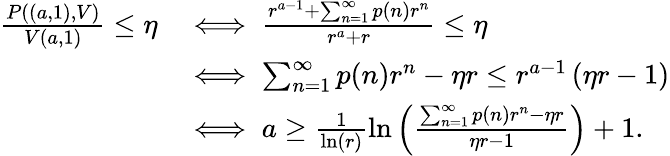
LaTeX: \begin{array}{rl}{\frac{P\left((a,1),V\right)}{V(a,1)}\leq\eta}&{\iff\frac{r^{a-1}+\sum_{n=1}^{\infty}p(n)r^{n}}{r^{a}+r}\leq\eta}\\ &{\iff\sum_{n=1}^{\infty}p(n)r^{n}-\eta r\leq r^{a-1}\left(\eta r-1\right)}\\ &{\iff a\geq\frac{1}{\ln(r)}\ln\left(\frac{\sum_{n=1}^{\infty}p(n)r^{n}-\eta r}{\eta r-1}\right)+1.}\end{array}